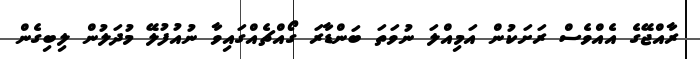
ރާއްޖޭގެ އެއްވެސް ރަށަކުން އަމިއްލަ ނުވަތަ ބަންޑާރަ ގޯއްޗެއްގައިވާ ނުއުފުލޭ މުދަލުން ލިބިގެން